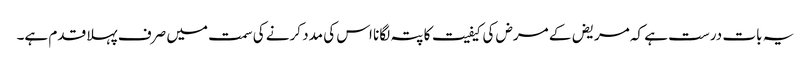
یہ بات درست ہے کہ مریض کے مرض کی کیفیت کا پتہ لگانا اس کی مدد کرنے کی سمت میں صرف پہلا قدم ہے۔